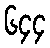
၆၄၄